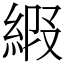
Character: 𦀩